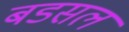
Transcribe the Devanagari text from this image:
बडसल